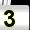
Digit: 3